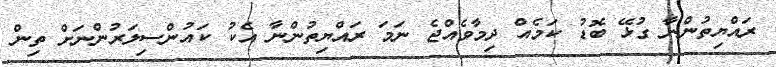
ރައްޔިތުންނާ ގުޅޭ ބޮޑު ކަމެއް ދިމާވެއްޖެ ނަމަ ރައްޔިތުންނާ އެކު ކައުންސިލަރުންނަށް ތިން